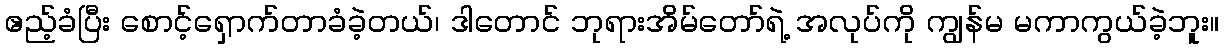
ဧည့်ခံပြီး စောင့်ရှောက်တာခံခဲ့တယ်၊ ဒါတောင် ဘုရားအိမ်တော်ရဲ့ အလုပ်ကို ကျွန်မ မကာကွယ်ခဲ့ဘူး။